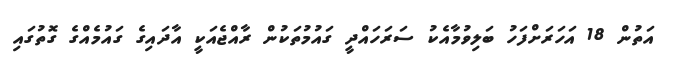
އަތުން 18 އަހަރަށްފަހު ބަލިވުމާއެކު ސަރަހައްދީ ގައުމުތަކުން ރާއްޖެއަކީ އާދައިގެ ގައުމެއްގެ ގޮތުގައި